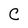
Character: C